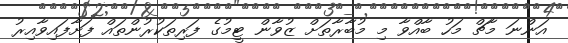
އަންނަ މާޗް މަހު ބާއްވާ މި މުބާރާތަށް ޒުވާން ޓީމުގެ ފަރިތަކުރުންތައް ފަށާފައިވާއިރު